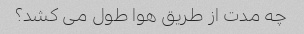
چه مدت از طریق هوا طول می کشد؟